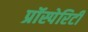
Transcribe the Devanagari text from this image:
प्रॉस्पेरिटी